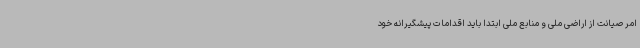
امر صیانت از اراضی ملی و منابع ملی ابتداً باید اقدامات پیشگیرانه خود